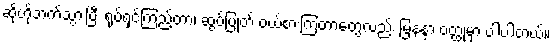
ဆိုဟိုဘက်သွားပြီး ရုပ်ရှင်ကြည့်တာ၊ ဆွပ်ပြုတ် ဝယ်စားကြတာတွေလည်း မြနန္ဒာ ဝတ္ထုမှာ ပါပါတယ်။